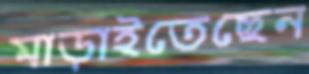
মাড়াইতেছেন